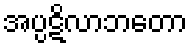
အပ္ပဋိလာဘတော